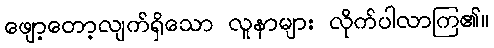
ဖျော့တော့လျက်ရှိသော လူနာများ လိုက်ပါလာကြ၏။